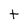
Character: t